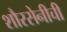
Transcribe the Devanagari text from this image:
शौरसेनीची